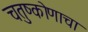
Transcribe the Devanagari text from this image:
चतुष्कोणाचा